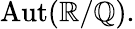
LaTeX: \operatorname{Aut}(\mathbb{R}/\mathbb{Q}).